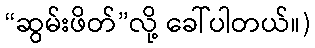
“ဆွမ်းဖိတ်”လို့ ခေါ်ပါတယ်။)